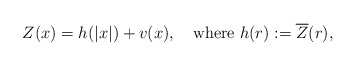
\begin{align*} Z(x)=h(|x|)+v(x), \quad\hbox{where} \ h(r):=\overline{Z}(r), \end{align*}